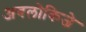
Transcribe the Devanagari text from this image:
अवलोकिजे